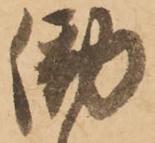
働